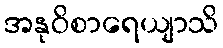
အနုဝိစာရေယျာသိ